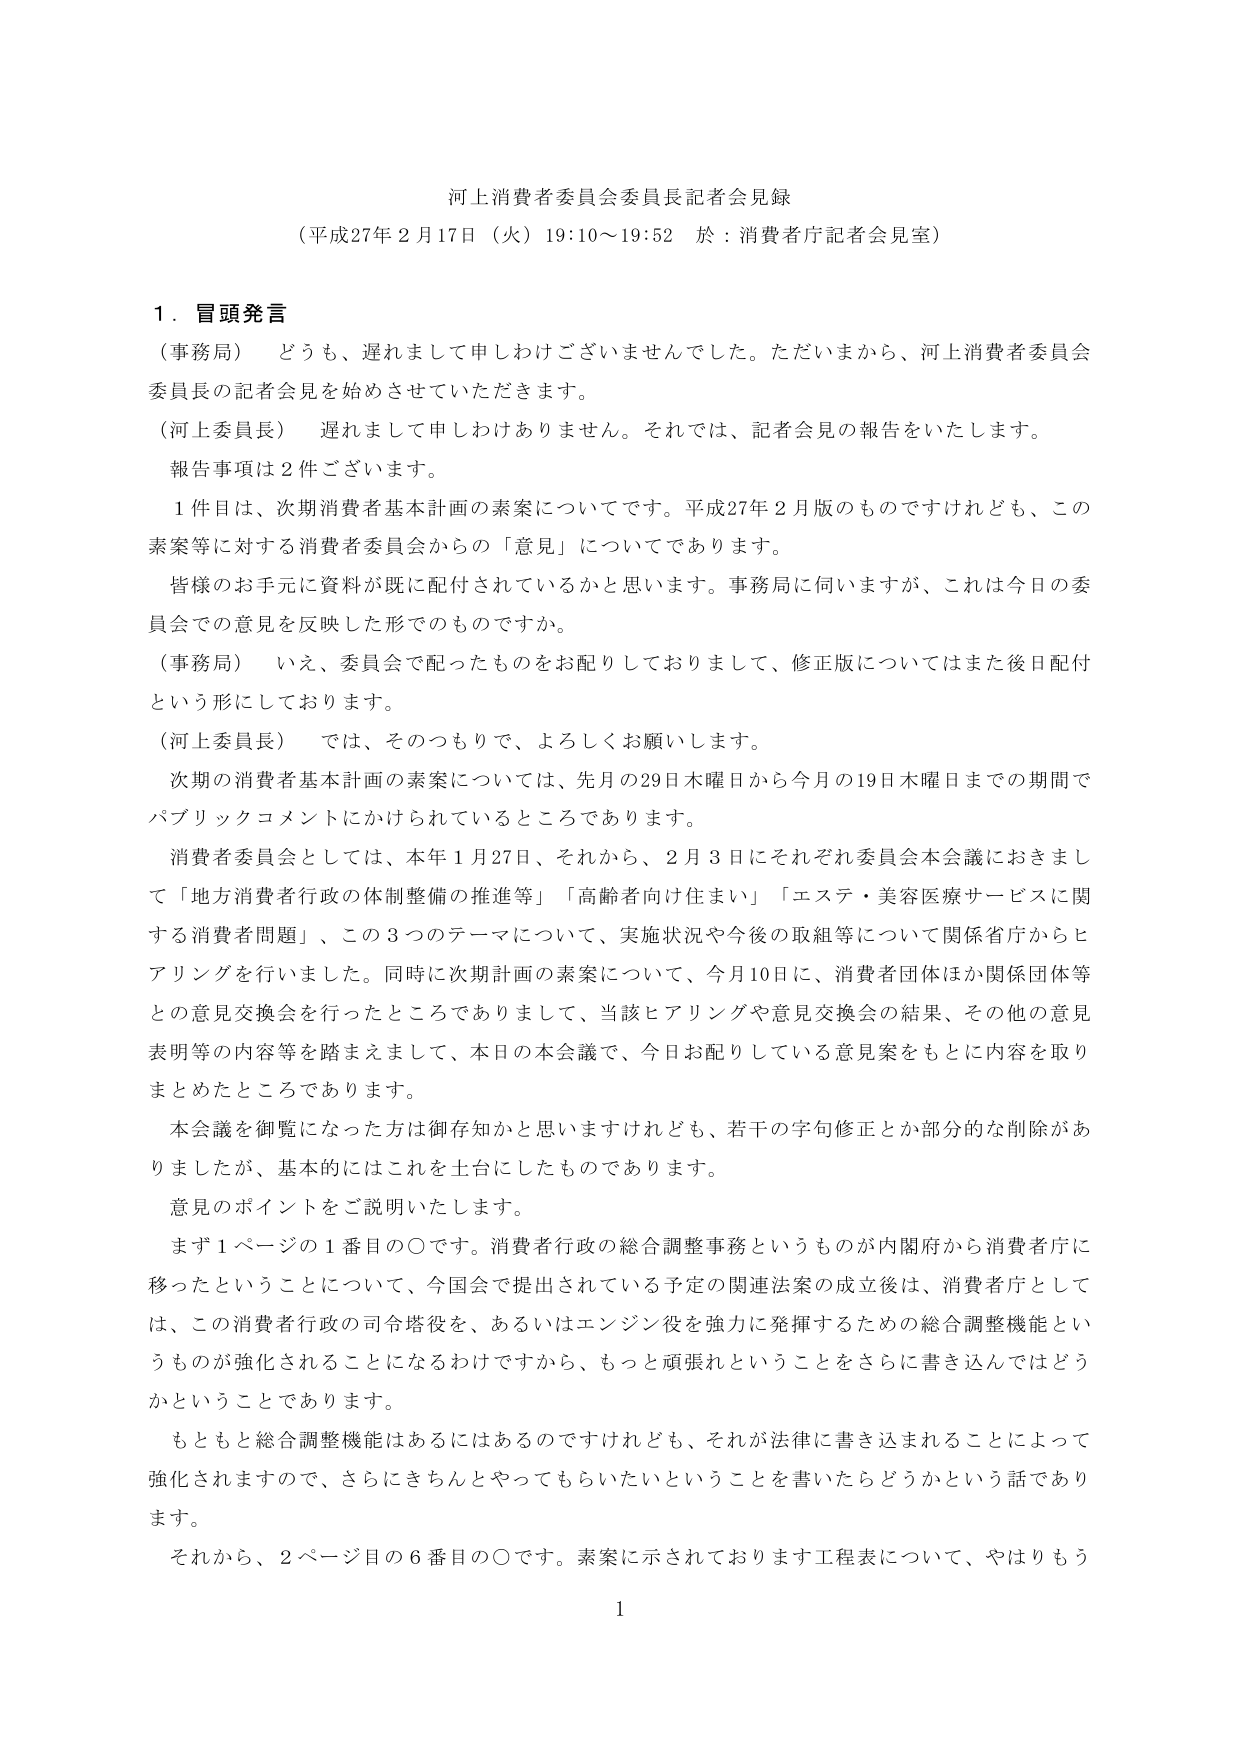
河上消費者委員会委員長記者会見録
（平成27年2月17日（火）19:10～19:52 於：消費者庁記者会見室）

1．冒頭発言
（事務局） どうも、遅れまして申しわけございませんでした。ただいまから、河上消費者委員会委員長の記者会見を始めさせていただきます。
（河上委員長） 遅れまして申しわけありません。それでは、記者会見の報告をいたします。
報告事項は2件ございます。

1件目は、次期消費者基本計画の素案についてです。平成27年2月版のものですが、この素案等に対する消費者委員会からの「意見」についてであります。

皆様のお手元に資料が既に配付されているかと思います。事務局に伺いますが、これは今日の委員会での意見を反映した形のものですか。

（事務局） いえ、委員会で配ったものをお配りしておりまして、修正版についてはまた後日配付という形にしております。

（河上委員長） では、そのつもりで、よろしくお願いします。

次期の消費者基本計画の素案については、先月の29日木曜日から今月の19日木曜日までの期間でパブリックコメントにかけられているところであります。

消費者委員会としては、本年1月27日、それから、2月3日にそれぞれ委員会本会議におきまして「地方消費者行政の体制整備の推進等」「高齢者向け住まい」「エステ・美容医療サービスに関する消費者問題」、この3つのテーマについて、実施状況や今後の取組等について関係省庁からヒアリングを行いました。同時に次期計画の素案について、今月10日に、消費者団体ほか関係団体等との意見交換会を行ったところであります。当該ヒアリングや意見交換会の結果、その他の意見表明等の内容等を踏まえまして、本日の本会議で、今日お配りしている意見案をもとに内容を取りまとめたところであります。

本会議を御覧になった方は御存知かと思いますけれども、若干の字句修正とか部分的な削除がありました。基本的にはこれを土台にしたものであります。

意見のポイントをご説明いたします。

まず1ページの1番目の〇です。消費者行政の総合調整事務というものが内閣府から消費者庁に移ったということについて、今国会で提出されている予定の関連法案の成立後は、消費者庁としては、この消費者行政の司令塔役を、あるいはエンジン役を強力に発揮するための総合調整機能というものが強化されることになるわけですから、もっと頑張れということをさらに書き込んではどうかということです。

もともと総合調整機能はあるにはあるのですけれども、それが法律に書き込まれることによって強化されますので、さらにきちんとやってもらいたいということを書いたらどうかという話であります。

それから、2ページ目の6番目の〇です。素案に示されております工程表について、やはりもう

1